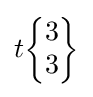
t{\begin{Bmatrix}3\\3\end{Bmatrix}}